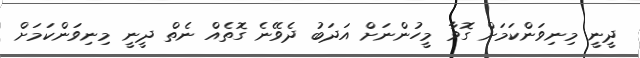
ދީނީ މިނިވަންކަމަށް ގޮވާ މީހުންނަށް އަދަބު ދެވޭނެ ގޮތެއް ނެތް ދީނީ މިނިވަންކަމަށް